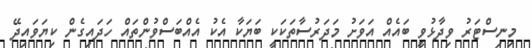
މިނިސްޓަރު ވިދާޅުވީ ބައެއް އަވަށު މަދަރުސާތަކަކީ ބަޔަކާ އެކު އެއްބަސްވުންތައް ހަދައިގެން ކިޔަވައިދޭ